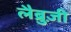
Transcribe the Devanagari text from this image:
लैब्रुज़ी